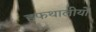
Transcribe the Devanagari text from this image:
हफथालीयों